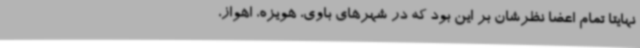
نهایتا تمام اعضا نظرشان بر این بود که در شهرهای باوی، هویزه، اهواز،